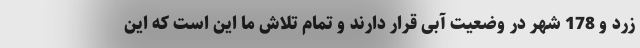
زرد و 178 شهر در وضعیت آبی قرار دارند و تمام تلاش ما این است که این